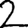
Digit: 2